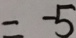
= - 5